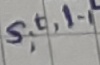
Text: s,t,l